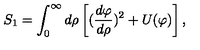
S _ { 1 } = \int _ { 0 } ^ { \infty } d \rho \left[ ( { \frac { d \varphi } { d \rho } } ) ^ { 2 } + U ( \varphi ) \right] ,